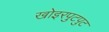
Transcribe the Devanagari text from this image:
खोइरपुटपुट